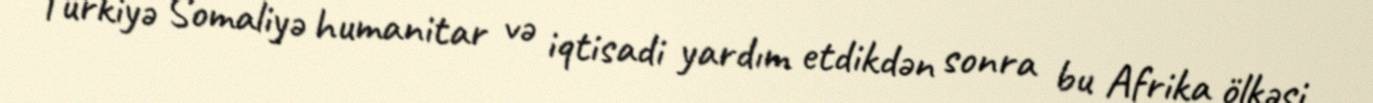
Türkiyə Somaliyə humanitar və iqtisadi yardım etdikdən sonra bu Afrika ölkəsi